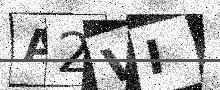
Text: A2VI